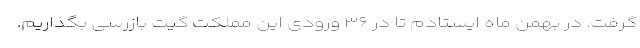
گرفت. در بهمن ماه ایستادم تا در ۳۶ ورودی این مملکت گیت بازرسی بگذاریم.